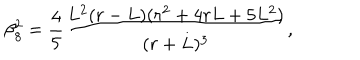
LaTeX: \beta _ { 8 } ^ { 2 } = \frac { 4 } { 5 } \frac { L ^ { 2 } ( r - L ) ( r ^ { 2 } + 4 r L + 5 L ^ { 2 } ) } { ( r + L ) ^ { 3 } } ,